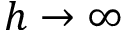
h \to \infty